Report of the Hyderabad Chloroform Commission
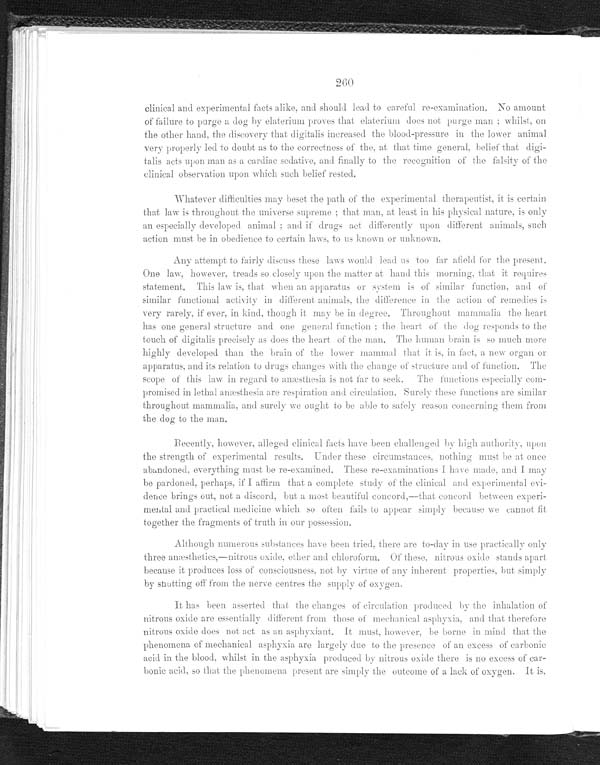
260
clinical and experimental facts alike, and should lead to careful re-examination. No amount
of failure to purge a dog by elaterium proves that elaterium does not purge man; whilst, on
the other hand, the discovery that digitalis increased the blood-pressure in the lower animal
very properly led to doubt as to the correctness of the, at that time general, belief that digi-
talis acts upon man as a cardiac sedative, and finally to the recognition of the falsity of the
clinical observation upon which such belief rested.
Whatever difficulties may beset the path of the experimental therapeutist, it is certain
that law is throughout the universe supreme; that man, at least in his physical nature, is only
an especially developed animal; and if drugs act differently upon different animals, such
action must be in obedience to certain laws, to us known or unknown.
Any attempt to fairly discuss these laws would lead us too far afield for the present.
One law, however, treads so closely upon the matter at hand this morning, that it requires
statement. This law is, that, when an apparatus or system is of similar function, and of
similar functional activity in different animals, the difference in the action of remedies is
very rarely, if ever, in kind, though it may be in degree. Throughout mammalia the heart
has one general structure and one general function; the heart of the dog responds to the
touch of digitalis precisely as does the heart of the man. The human brain is so much more
highly developed than the brain of the lower mammal that it is. in fact, a new organ or
apparatus. and its relation to drugs changes with the change of structure and of function. The
scope of this law in regard to anæsthesia is not far to seek. The functions especially com--
promised in lethal anæsthesia are respiration and circulation. Surely these functions are similar
throughout mammalia, and surely we ought to he able to safely reason concerning them from
the dog to the man.
Re c e n t l y , h o we v e r , a l l e g e d c l i n i c a l f a c t s h a v e b e e n c h a l l e n g e d b y a u t h o r i t y , u p o n
the strength of experimental results. Under these circumstances, nothing must be at once
abandoned, everything must be re-examined. These re-examinations I have made, and I may
be pardoned perhaps, if I affirm that a complete study of the clinical and experimental evi
-dence brings out not a discord, but a most beautiful concord,---that concord between experi--
mental and practical medicine which so often fails to appear simply because we cannot fit
together the fragments of truth in our possession.
Although numerous substances have been tried. there are to-day in use practically only
three anæsthetics,—nitrous oxide. other and chloroform. Of these, nitrous oxide stands apart
because it produces loss of consciousness not by virtue of any inherent properties, but simply
b y s h u t t i n g o f f f r o m t h e n e r v e c e n t r e s t h e s u p p l y o f o x y g e n .
It has been asserted that the changes of circulation produced by the inhalation of
nitrous oxide are essentially different from those of mechanical asphyxia, and that therefore
nitrous oxide does not act as an asphyxiant. It must. however, be borne in mind that the
phenomena of mechanical asphyxia are largely due to the presence of an excess of carbonic
acid in the blood, whilst in the asphyxia produced by nitrous oxide there is no excess of car
-bonic acid, so that the phenomena present are simply the outcome of a lack of oxygen. It is,